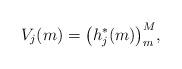
LaTeX: \begin{align*} V_j(m) = \bigl(h_j^*(m) \bigr)^M_m,\end{align*}